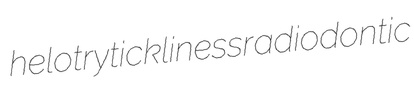
helotry tickliness radiodontic